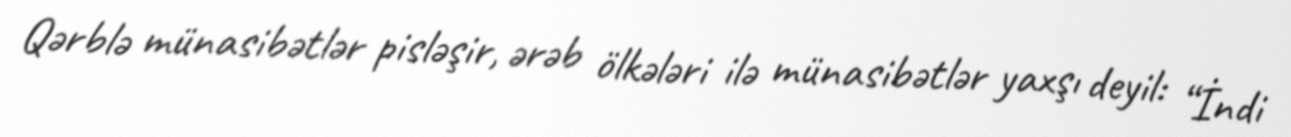
Qərblə münasibətlər pisləşir, ərəb ölkələri ilə münasibətlər yaxşı deyil: “İndi